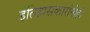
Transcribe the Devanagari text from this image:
इतिहासकारांनीही